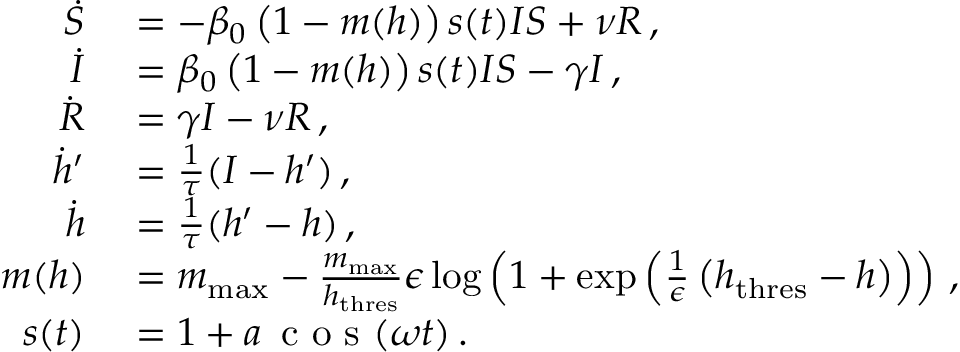
\begin{array} { r l } { \dot { S } } & { { } = - \beta _ { 0 } \left( 1 - m ( h ) \right) s ( t ) I S + \nu R \, , } \\ { \dot { I } } & { { } = \beta _ { 0 } \left( 1 - m ( h ) \right) s ( t ) I S - \gamma I \, , } \\ { \dot { R } } & { { } = \gamma I - \nu R \, , } \\ { \dot { h } ^ { \prime } } & { { } = \frac { 1 } { \tau } ( I - h ^ { \prime } ) \, , } \\ { \dot { h } } & { { } = \frac { 1 } { \tau } ( h ^ { \prime } - h ) \, , } \\ { m ( h ) } & { { } = m _ { \mathrm { m a x } } - \frac { m _ { \mathrm { m a x } } } { h _ { \mathrm { t h r e s } } } \epsilon \log \left( 1 + \exp \left( \frac { 1 } { \epsilon } \left( h _ { \mathrm { t h r e s } } - h \right) \right) \right) \, , } \\ { s ( t ) } & { { } = 1 + a \, \mathrm { ~ c ~ o ~ s ~ } ( \omega t ) \, . } \end{array}